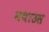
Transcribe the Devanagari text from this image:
मथाउस